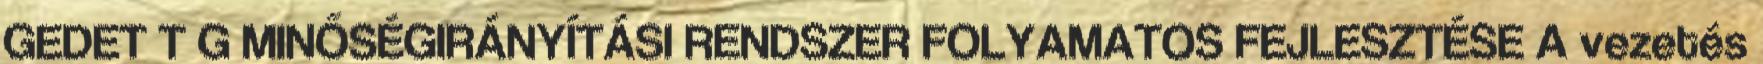
GEDET T G MINŐSÉGIRÁNYÍTÁSI RENDSZER FOLYAMATOS FEJLESZTÉSE A vezetés